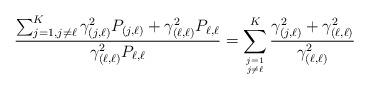
LaTeX: \begin{align*}\frac{\sum_{j=1, j \neq \ell}^{K} \gamma^2_{(j,\ell)}P_{(j,\ell)}+\gamma^2_{(\ell,\ell)}P_{\ell,\ell}}{\gamma^2_{(\ell,\ell)}P_{\ell,\ell}}=\sum_{j=1 \atop j \neq \ell}^{K} \frac{\gamma^2_{(j,\ell)}+\gamma^2_{(\ell,\ell)}}{\gamma^2_{(\ell,\ell)}}\end{align*}